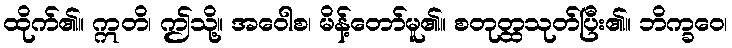
ထိုက်၏။ ဣတိ၊ ဤသို့။ အဝေါစ၊ မိန့်တော်မူ၏။ စတုတ္ထသုတ်ပြီး၏။ ဘိက္ခဝေ၊